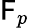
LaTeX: \mathsf{F}_{p}